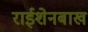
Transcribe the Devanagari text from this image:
राईशेनबाख